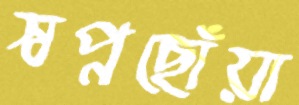
স্বপ্নছোঁয়া